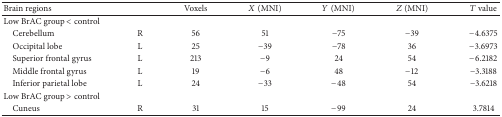
<table><thead><tr><td><b>Brain regions</b></td><td><b> </b></td><td><b>Voxels</b></td><td><b><i>X</i> (MNI)</b></td><td><b><i>Y</i> (MNI)</b></td><td><b><i>Z</i> (MNI)</b></td><td><b><i>T</i> value</b></td></tr></thead><tbody><tr><td>Low BrAC group &lt; control</td><td> </td><td> </td><td> </td><td> </td><td> </td><td> </td></tr><tr><td> Cerebellum </td><td>R</td><td>56</td><td>51</td><td>−75</td><td>−39</td><td>−4.6375</td></tr><tr><td> Occipital lobe</td><td>L</td><td>25</td><td>−39</td><td>−78</td><td>36</td><td>−3.6973</td></tr><tr><td> Superior frontal gyrus</td><td>L</td><td>213</td><td>−9</td><td>24</td><td>54</td><td>−6.2182</td></tr><tr><td> Middle frontal gyrus</td><td>L</td><td>19</td><td>−6</td><td>48</td><td>−12</td><td>−3.3188</td></tr><tr><td> Inferior parietal lobe</td><td>L</td><td>24</td><td>−33</td><td>−48</td><td>54</td><td>−3.6218</td></tr><tr><td>Low BrAC group &gt; control</td><td> </td><td> </td><td> </td><td> </td><td> </td><td> </td></tr><tr><td> Cuneus</td><td>R</td><td>31</td><td>15</td><td>−99</td><td>24</td><td>3.7814</td></tr></tbody></table>